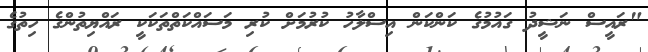
"ރައީސް ނަޝީދު ގައުމުގެ ކަންކަން އިސްލާހު ކުރުމަށް ކުރި މަސައްކަތްތަކަކީ ރައްޔިތުންގެ ހިތުގެ